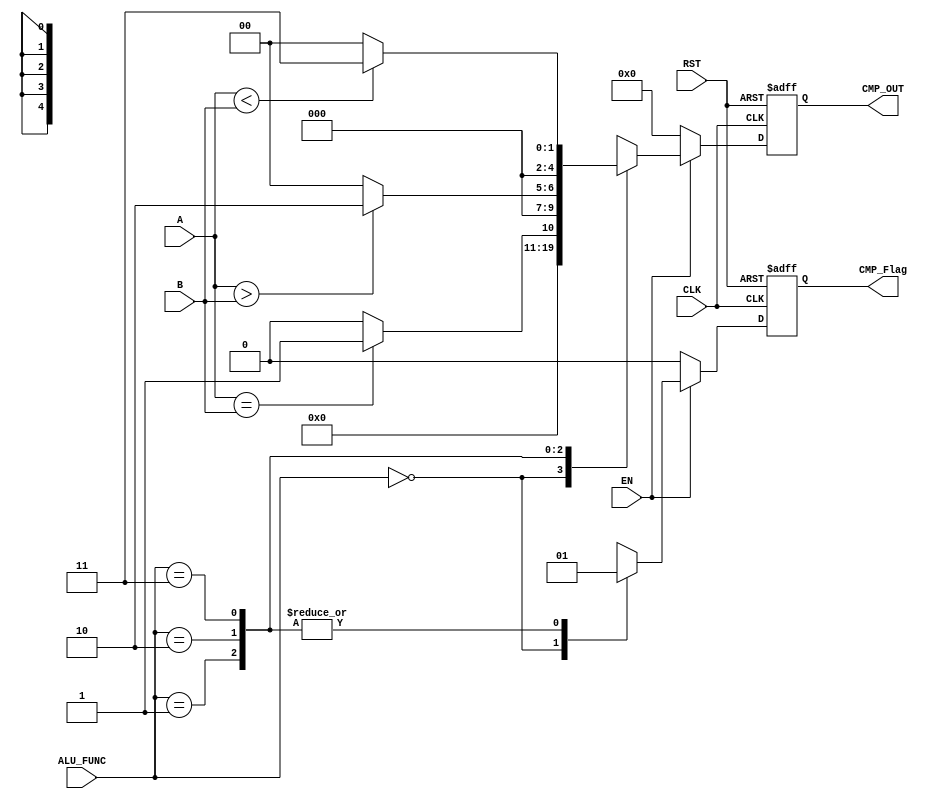
`timescale 1us / 1ns
//////////////////////////////////////////////////////////////////////////////////
// Diploma: By Eng. Ali Mohamed Eltemsah
// Design Name: DigIC_Dip08_09_V_W4
// Module Name: CMP_UNIT
// Project Name: Assignment 4.1
//////////////////////////////////////////////////////////////////////////////////


module CMP_UNIT #(parameter A_WIDTH = 5, B_WIDTH = 5, CMP_WIDTH = 5)
    (
        input   wire    [A_WIDTH - 1 : 0]       A,
        input   wire    [B_WIDTH - 1 : 0]       B,
        input   wire    [1 : 0]                 ALU_FUNC,
        input   wire                            CLK, RST, EN,
        output  wire    [CMP_WIDTH - 1 : 0]     CMP_OUT,
        output  wire                            CMP_Flag
    );
    reg [CMP_WIDTH - 1 : 0] Q_reg, Q_next;
    reg                     CMP_Flag_reg, CMP_Flag_next;
    always @(posedge CLK, negedge RST)
        begin
            if (~RST)
                begin
                    Q_reg <= 0;
                    CMP_Flag_reg <= 0;
                end
            else
                begin
                    Q_reg <= Q_next;
                    CMP_Flag_reg <= CMP_Flag_next;
                end
        end
    
    always @(*)
        begin
            if (EN)
                begin
                    case (ALU_FUNC[1:0])
                        2'b00:      begin
                                        Q_next = 0;
                                        CMP_Flag_next = 1'b0; 
                                    end
                        2'b01:      begin
                                        CMP_Flag_next = 1'b1;
                                        if (A == B)
                                            Q_next = 1;
                                        else
                                            Q_next = 0;
                                    end
                        2'b10:      begin
                                        CMP_Flag_next = 1'b1;
                                        if (A > B)
                                            Q_next = 2;
                                        else
                                            Q_next = 0;
                                    end
                        2'b11:      begin
                                        CMP_Flag_next = 1'b1;
                                        if (A < B)
                                            Q_next = 3;
                                        else
                                            Q_next = 0;
                                    end
                        default:    begin
                                        Q_next = 0;
                                        CMP_Flag_next = 1'b0;
                                    end
                    endcase
                end
            else
                begin
                    Q_next = 'b0;
                    CMP_Flag_next = 1'b0;
                end
        end
    assign CMP_Flag = CMP_Flag_reg;  
    assign CMP_OUT = Q_reg;
endmodule